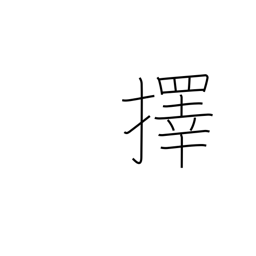
Meaning: choose